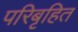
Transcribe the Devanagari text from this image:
परिबृहित